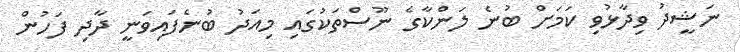
ނަޝީދު ވިދާޅުވި ކަމަށް ބުނެ ލަންކާގެ ނޫސްތަކުގައި މިއަދު ބުނެފައިވަނީ ދާދި ފަހުން